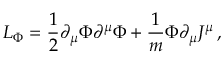
{ \cal L } _ { \Phi } = \frac { 1 } { 2 } \partial _ { \mu } \Phi \partial ^ { \mu } \Phi + \frac { 1 } { m } \Phi \partial _ { \mu } J ^ { \mu } \, ,